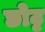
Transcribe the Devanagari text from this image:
छोट्ट